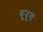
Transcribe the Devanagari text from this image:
कुदूस